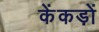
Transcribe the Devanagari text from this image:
केंकड़ों